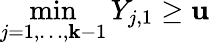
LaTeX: \operatorname*{min}_{j=1,\dots,\mathbf{k}-1}Y_{j,1}\geq\mathbf{u}